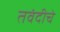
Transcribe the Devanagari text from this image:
तवंदीचे